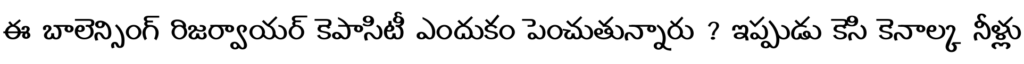
ఈ బాలెన్సింగ్ రిజర్వాయర్ కెపాసిటీ ఎందుకం పెంచుతున్నారు ? ఇప్పుడు కెసి కెనాల్క నీళ్లు